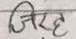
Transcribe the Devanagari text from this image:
जिरह